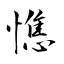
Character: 憔